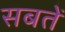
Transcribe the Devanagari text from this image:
सबतें